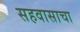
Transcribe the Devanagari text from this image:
सहवासाचा